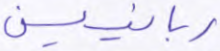
ربانيين